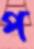
প